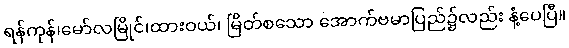
ရန်ကုန်၊မော်လမြိုင်၊ထားဝယ်၊ မြိတ်စသော အောက်ဗမာပြည်၌လည်း နံ့ပေပြီ။